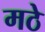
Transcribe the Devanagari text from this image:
मठे